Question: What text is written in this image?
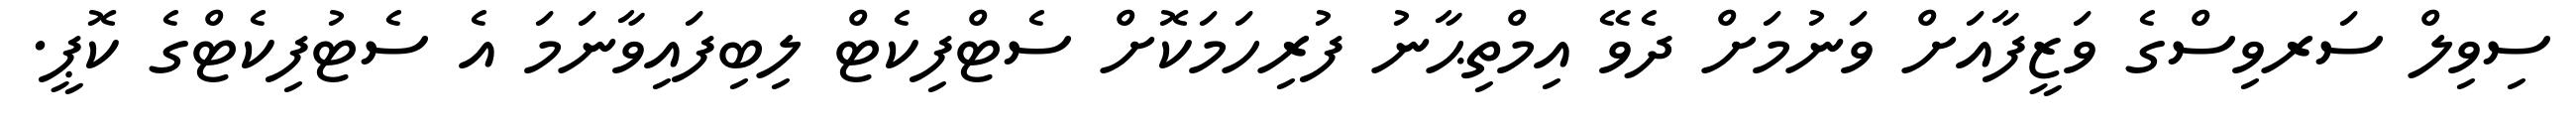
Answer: ސިވިލް ސަރވިސްގެ ވަޒީފާއަށް ވަނުމަށް ދެވޭ އިމްތިޙާނު ފުރިހަމަކޮށް ސެޓްފިކެޓް ލިބިފައިވާނަމަ އެ ސެޓުފިކެޓްގެ ކޮޕީ.